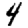
Digit: 4